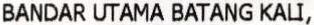
BANDAR UTAMA BATANG KALI,